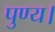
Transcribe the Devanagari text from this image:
पुण्य।